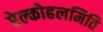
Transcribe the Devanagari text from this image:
ऐल्कोहलमिति